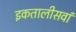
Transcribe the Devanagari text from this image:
इकतालीसवां